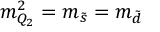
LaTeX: m _ { Q _ { 2 } } ^ { 2 } = m _ { \tilde { s } } = m _ { \tilde { d } }